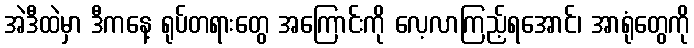
အဲဒီထဲမှာ ဒီကနေ့ ရုပ်တရားတွေ အကြောင်းကို လေ့လာကြည့်ရအောင်၊ အာရုံတွေကို